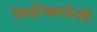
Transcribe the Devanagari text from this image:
विधीच्यावेळी